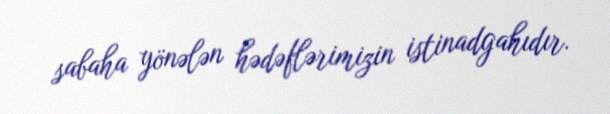
sabaha yönələn hədəflərimizin istinadgahıdır.